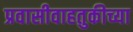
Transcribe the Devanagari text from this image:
प्रवासीवाहतुकीच्या